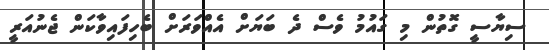
ސިޔާސީ ގޮތުން މި ގައުމު ވެސް ދެ ބަޔަށް އެއްވަރަށް ބެހިފައިވާކަން ޖެނުއަރީ